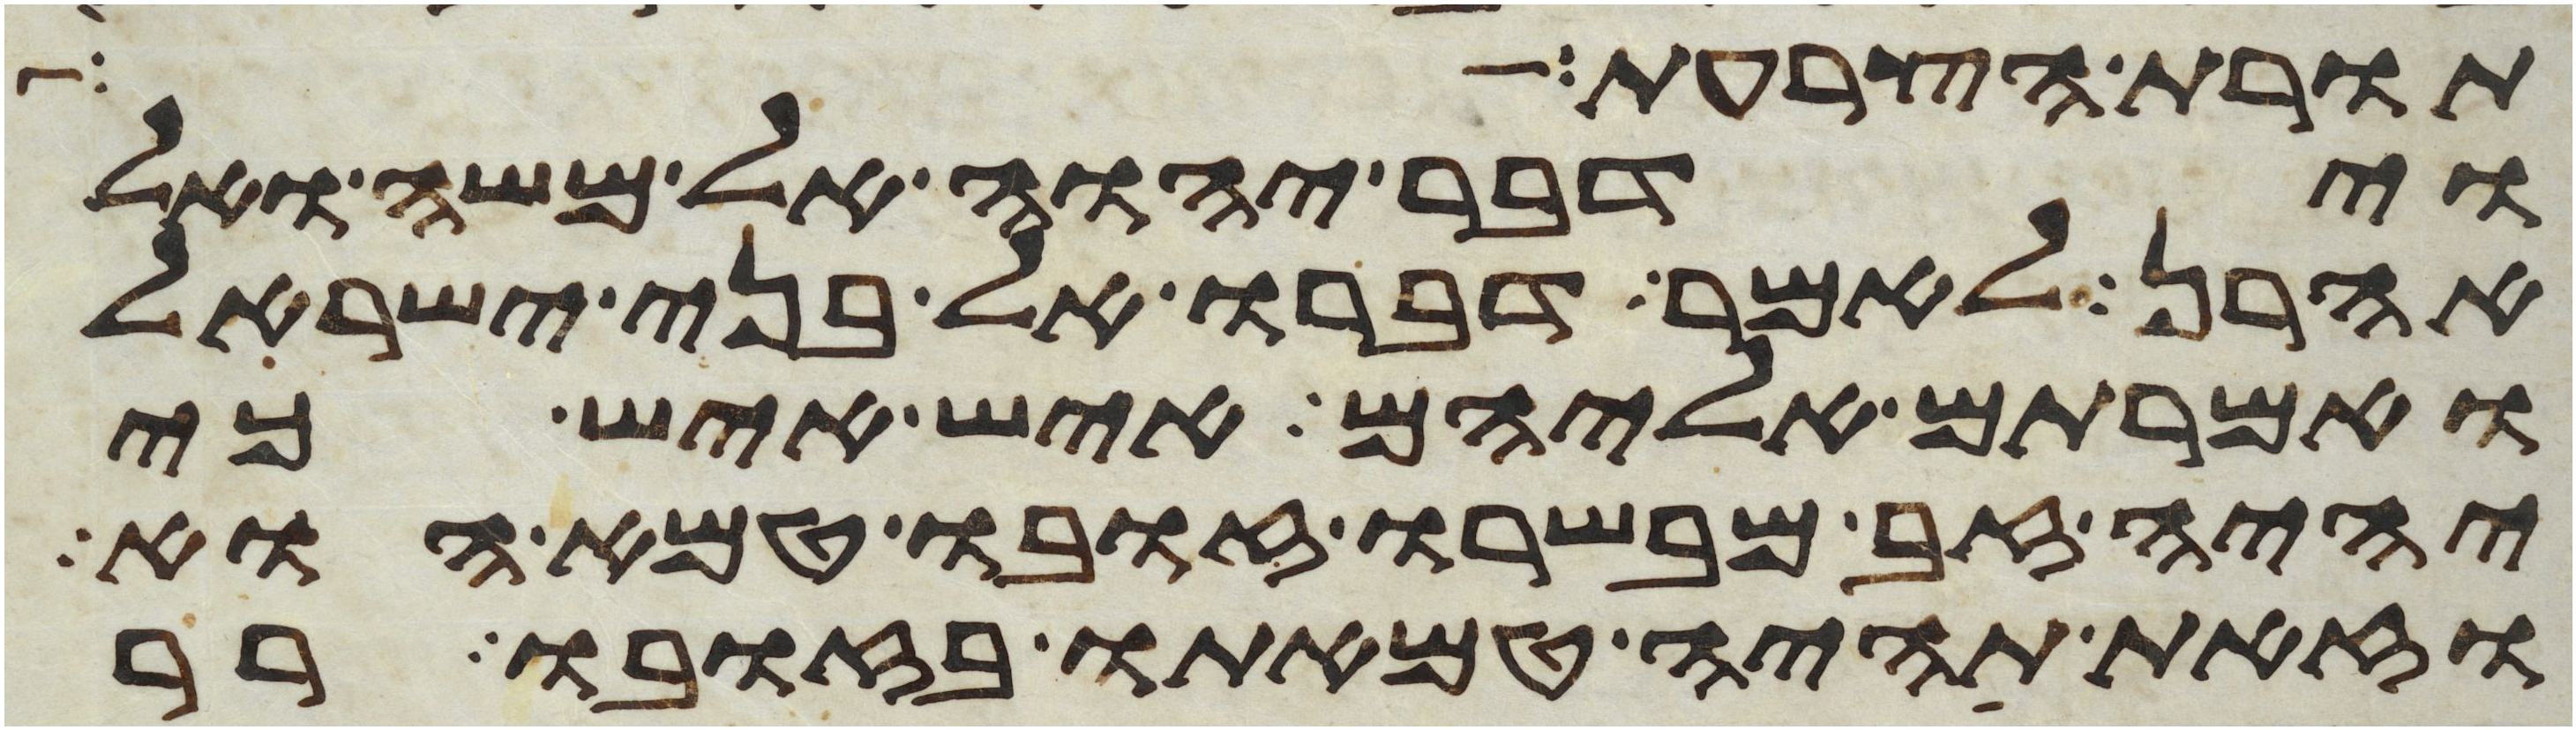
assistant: תורת הצרעת
וידבר יהוה אל משה ואל
אהרן לאמר דברו אל בני ישראל
ואמרתם אליהם איש איש כי
יהיה זב מבשרו זובו טמא הוא
וזאת תהיה טמאתו בזובו רר